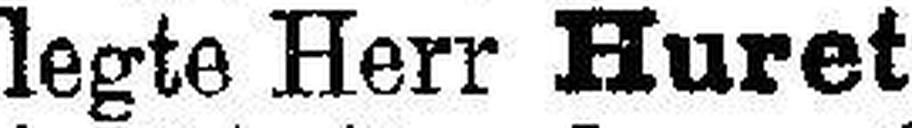
legte Herr Huret